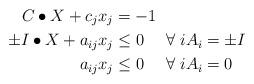
LaTeX: \begin{align*} C \bullet X + c_j x_j &= -1 \\ \pm I \bullet X + a_{ij} x_j &\le 0 \ \ \ \ \forall \ i A_i = \pm I \\ a_{ij} x_j &\le 0 \ \ \ \ \forall \ i A_i = 0\end{align*}